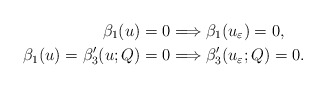
\begin{align*} \beta_1(u) = 0 & \Longrightarrow \beta_1(u_{\varepsilon}) = 0, \\ \beta_1(u) = \beta'_3(u; Q) = 0 & \Longrightarrow \beta'_3(u_{\varepsilon}; Q) = 0. \end{align*}